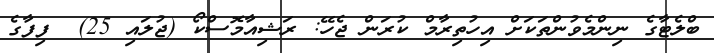
ބްލެޓާގެ ނިންމެވުންތަކަށް އިހުތިރާމް ކުރަން ޖެހޭ: ރަޝިއާމޮސްކޯ (ޖުލައި 25)  ފިފާގެ